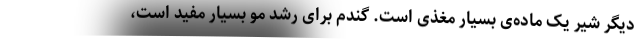
دیگر شیر یک ماده‌ی بسیار مغذی است. گندم برای رشد مو بسیار مفید است،